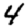
Digit: 4